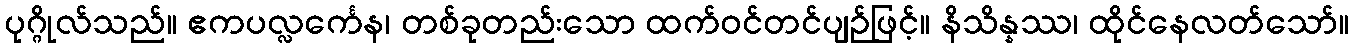
ပုဂ္ဂိုလ်သည်။ ဧကပလ္လင်္ကေန၊ တစ်ခုတည်းသော ထက်ဝင်တင်ပျဉ်ဖြင့်။ နိသိန္နဿ၊ ထိုင်နေလတ်သော်။